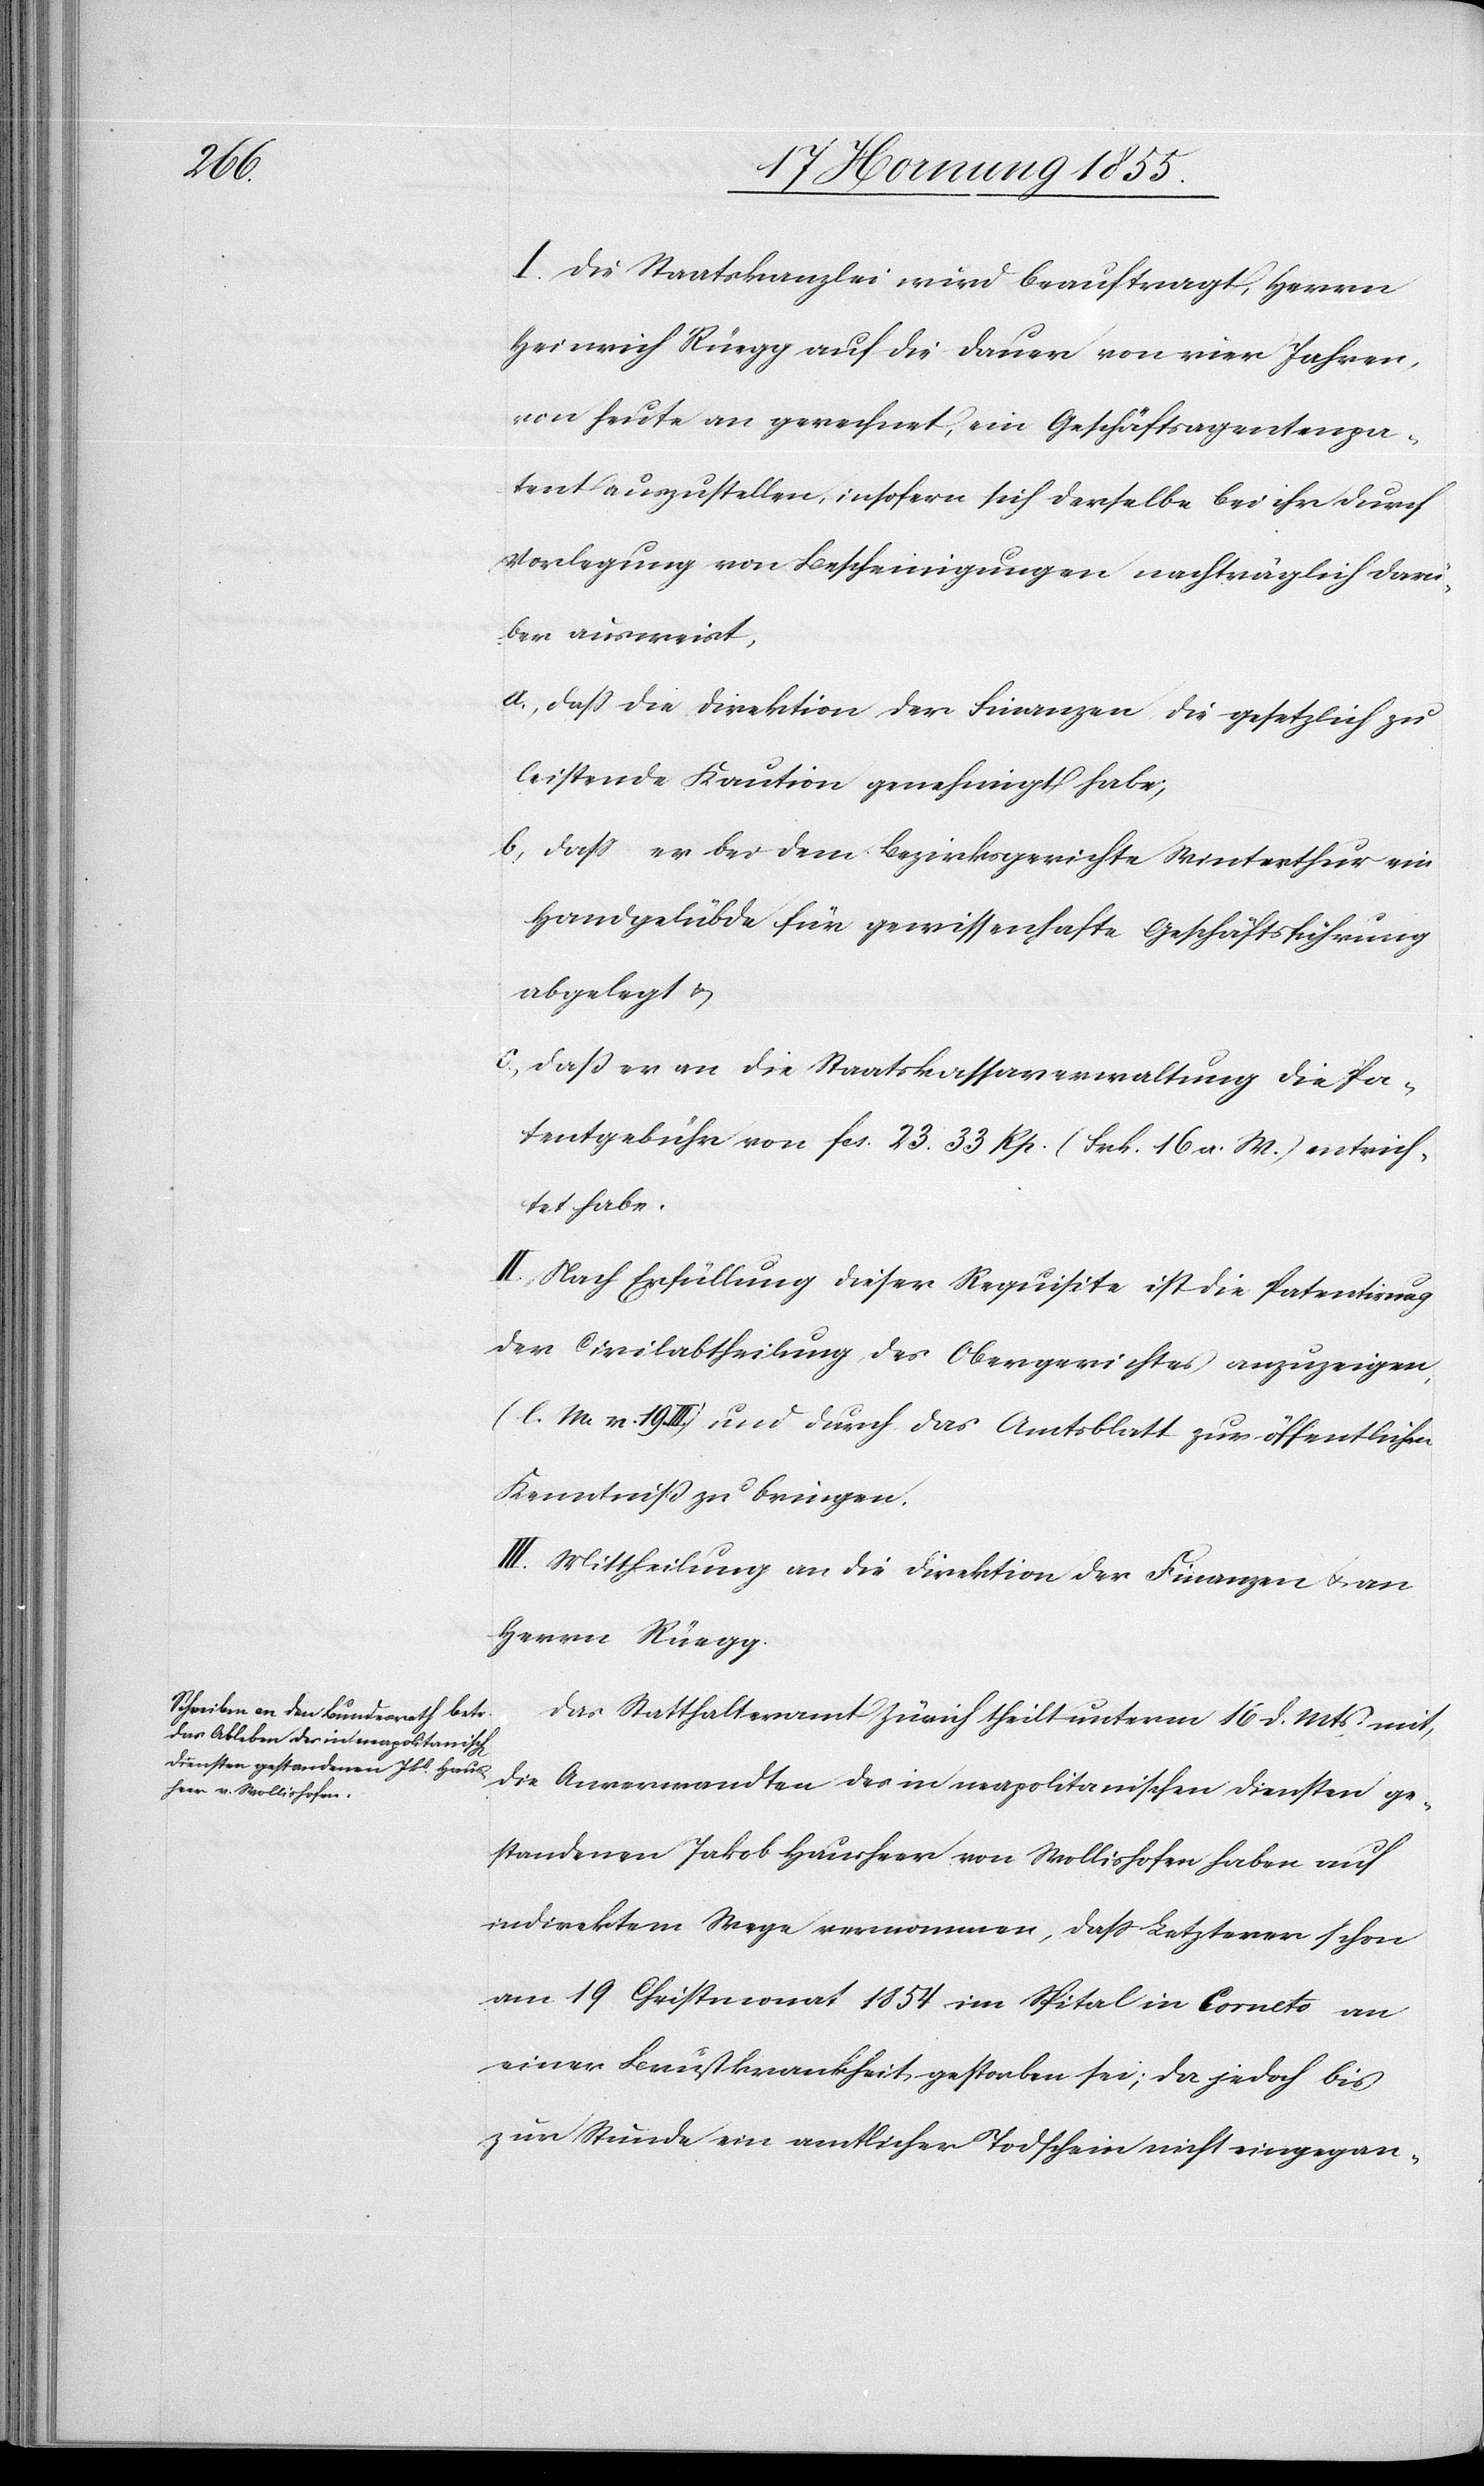
I. Die Staatskanzlei wird beauftragt, Herrn
Heinrich Rüegg auf die Dauer von vier Jahren,
von heute an gerechnet, ein Geschäftsagentenpa¬
tent auszustellen, insofern sich derselbe bei ihr durch
Vorlegung von Bescheinigungen nachträglich dar¬
über ausweist,
daß die Direktion der Finanzen die gesetzlich zu
leistende Kaution genehmigt habe;
daß er bei dem Bezirksgerichte Winterthur ein
Handgelübde für gewissenhafte Geschäftsführung
abgelegt &
daß er an die Staatskassaverwaltung die Pa¬
tentgebühr von Fcs. 23. 33 Rp. (Frk. 16 a. W.) entrich¬
tet habe.
II. Nach Erfüllung dieser Requisite ist die Patentirung
der Civilabtheilung des Obergerichtes anzuzeigen,
v. 19. III.) und durch das Amtsblatt zur öffentlichen
Kenntniß zu bringen.
III. Mittheilung an die Direktion der Finanzen & an
Herrn Rüegg.
Das Statthalteramt Zürich theilt unterm 16 d. Mts mit,
die Anverwandten des in neapolitanischen Diensten ge¬
standenen Jakob Hausheer von Wollishofen haben auf
indirektem Wege vernommen, dass Letzterer schon
am 19 Christmonat 1854 im Spital in Corneto an
einer Brustkrankheit gestorben sei; da jedoch bis
zur Stunde ein amtlicher Todschein nicht eingegan-